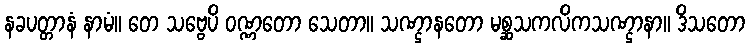
နခပတ္တာနံ နာမံ။ တေ သဗ္ဗေပိ ဝဏ္ဏတော သေတာ။ သဏ္ဌာနတော မစ္ဆသကလိကသဏ္ဌာနာ။ ဒိသတော